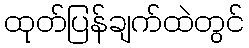
ထုတ်ပြန်ချက်ထဲတွင်